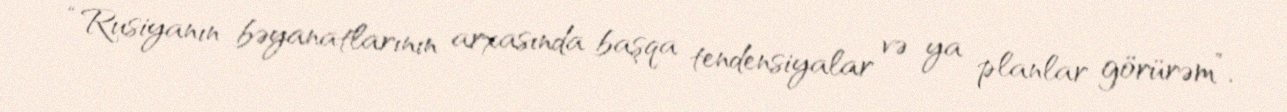
“Rusiyanın bəyanatlarının arxasında başqa tendensiyalar və ya planlar görürəm”,